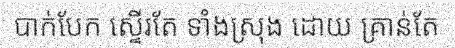
បាក់បែក ស្ទើរតែ ទាំងស្រុង ដោយ គ្រាន់តែ